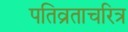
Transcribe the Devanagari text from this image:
पतिव्रताचरित्र